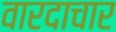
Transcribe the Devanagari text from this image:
वारदाचार